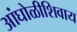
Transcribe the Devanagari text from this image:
आंघोळीशिवाय